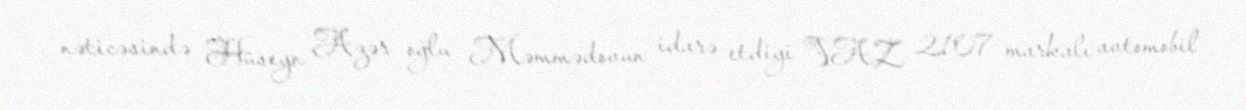
nəticəsində Hüseyn Azər oğlu Məmmədovun idarə etdiyi VAZ 2107 markalı avtomobil